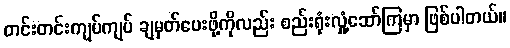
တင်းတင်းကျပ်ကျပ် ချမှတ်ပေးဖို့ကိုလည်း စည်းရုံးလှုံ့ဆော်ကြမှာ ဖြစ်ပါတယ်။